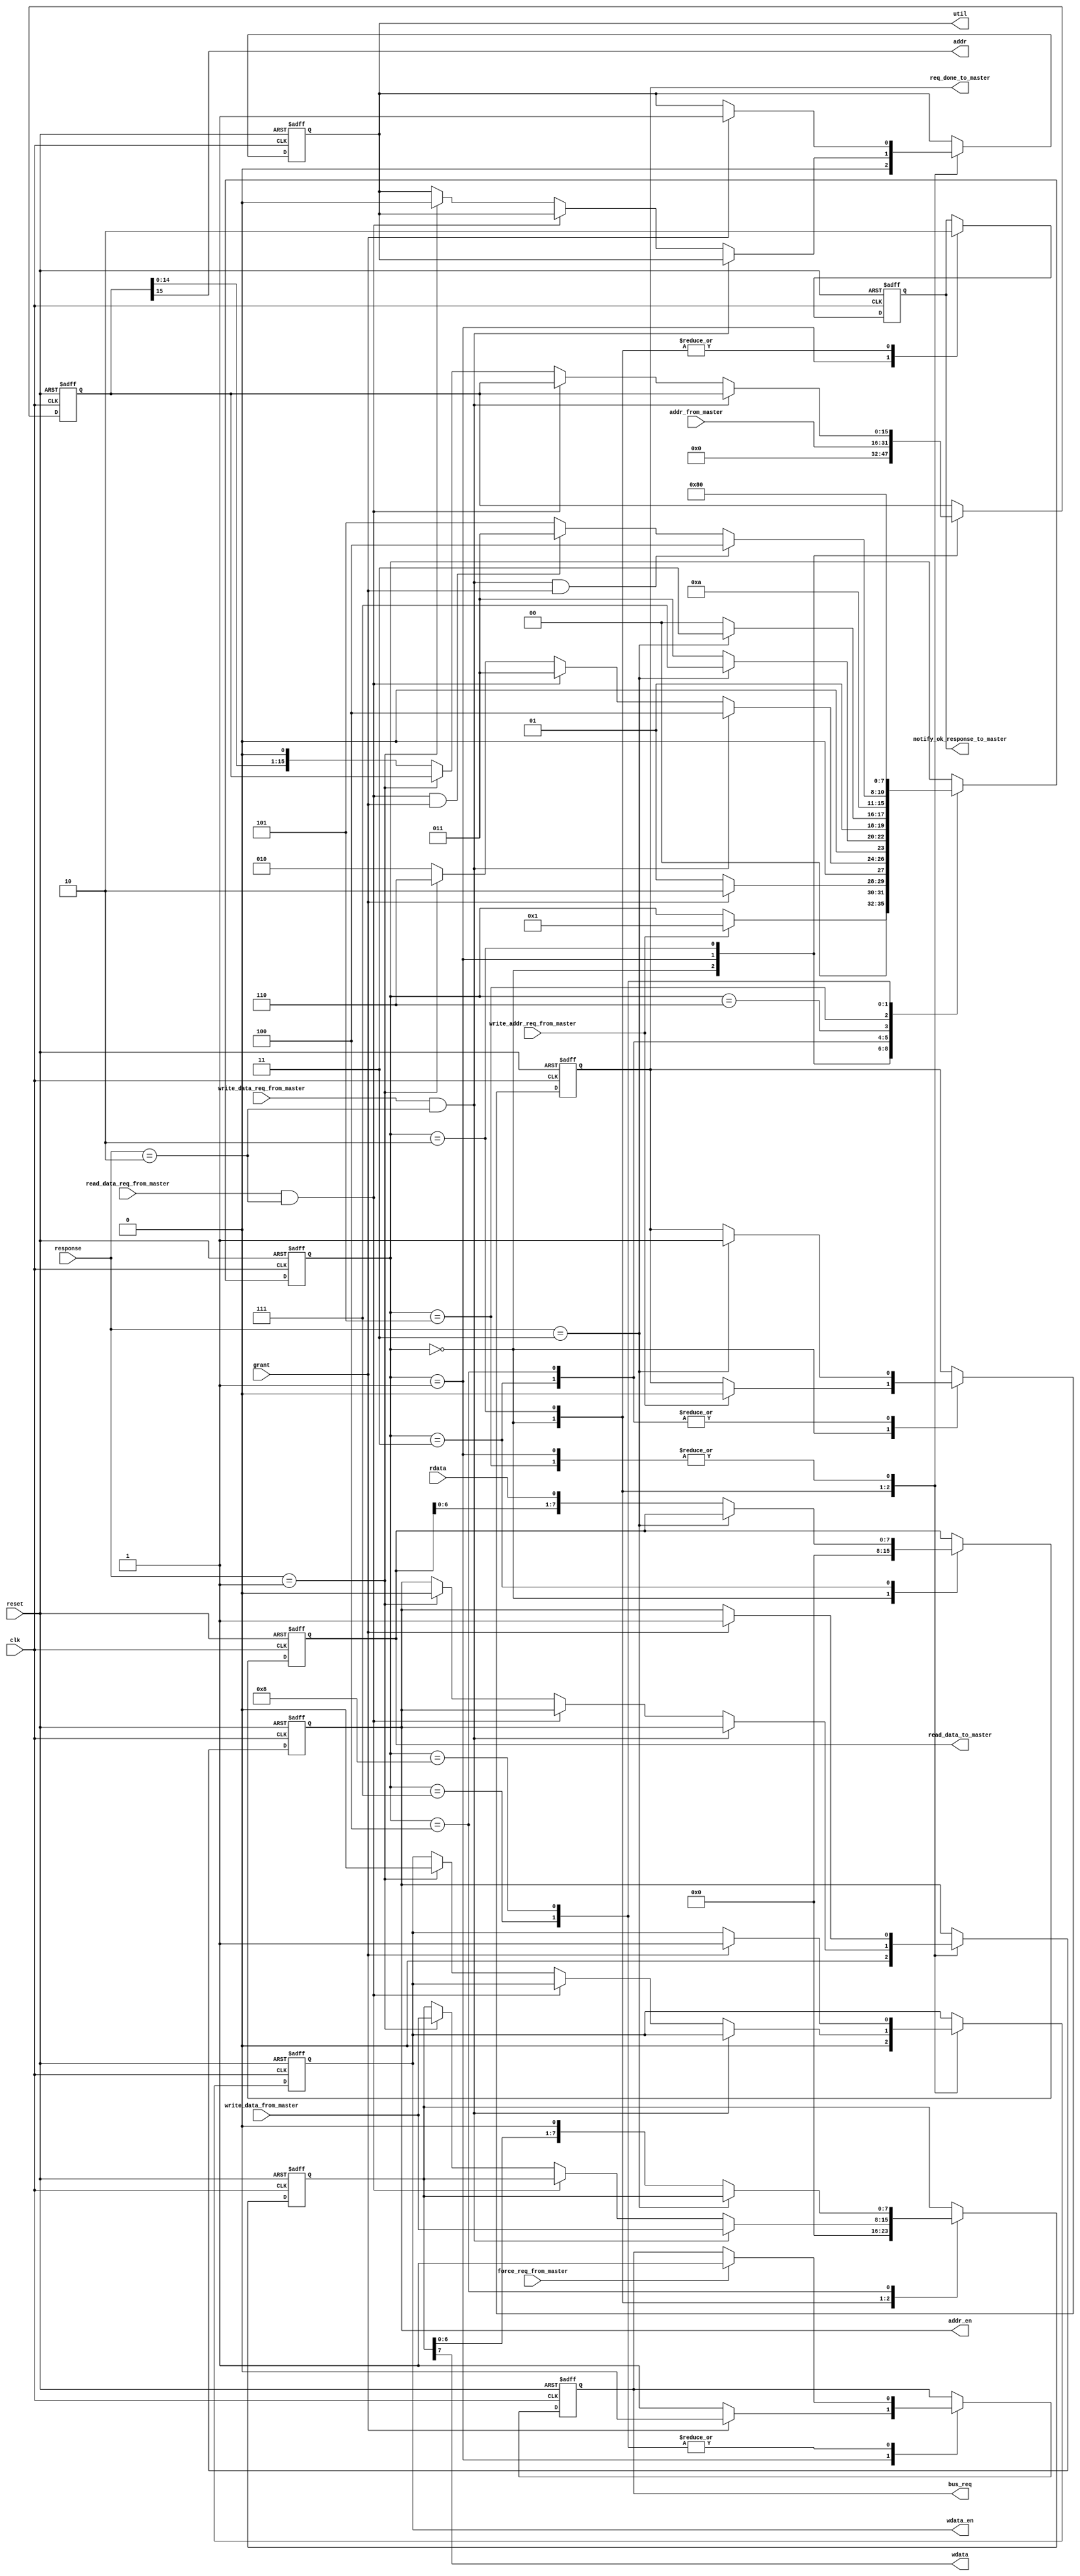
module master_interface(clk,
                reset,
                addr,
                wdata,
                rdata,
                response,
                bus_req,
                grant,
                util,

                addr_from_master,
                write_addr_req_from_master,
                notify_ok_response_to_master,
                write_data_from_master,
                read_data_to_master,
                write_data_req_from_master,
                read_data_req_from_master,
                req_done_to_master,
                force_req_from_master,

                addr_en,
                wdata_en
);
//INPUTS &OUTPUTS:
// from and to the design
input clk;              // clock signal
input reset;            // reset signal
output addr;            //address bus
output wdata;           // data write bus
input rdata;            // data read bus
input [1:0] response;   // response bus from slave
output reg bus_req = 0; // request to arbiter
input grant;            // grant permission from arbiter
output reg util = 0;    // utilized flag of master
output reg addr_en = 0; // enable tristate buffer to addr bus
output reg wdata_en= 0; // enable tristate buffer to wdata bus

//from master module
input [15:0] addr_from_master; //address to write to addr bus
input write_addr_req_from_master;// address write request
output reg notify_ok_response_to_master = 0;
input [7:0] write_data_from_master;     // data to WDATA bus
output reg [7:0] read_data_to_master =0;// data from RDATA bus 
input write_data_req_from_master;       // data write command
input read_data_req_from_master;        // data read command
output reg req_done_to_master = 0;
input force_req_from_master;

// states of state machine
parameter  IDLE         = 4'b0000;
parameter REQUEST_BUS   = 4'b0001;
parameter SENDADDRESS   = 4'b0010; 
parameter READDATA      = 4'b0011;
parameter WRITEDATA     = 4'b0100;
parameter SPLIT         = 4'b0101; 
parameter WAIT_FOR_SPLIT= 4'b0110;
parameter CHECK_NEXT    = 4'b0111;
parameter CHECK_NEXT2   = 4'b1000;

//responses from slave
parameter OK = 2'b10, BUSY = 2'b01, DONE = 2'b11,  NCK = 2'b00;

//internal registers
reg [3:0] state              = IDLE;
reg [1:0] burst_check_cycles = 2;
reg [15:0] serial_slave_address;
reg [7:0] serial_slave_data;

//send values to address and data buses
assign addr  = serial_slave_address[15];
assign wdata = serial_slave_data[7];

//STATE MACHINE:
always @(posedge clk or negedge reset)
begin
    if(~reset) // reseting signals and registers
    begin
        state                <= IDLE;
        bus_req              <= 0;
        util                 <= 0;
        addr_en              <= 0;
        wdata_en             <= 0;
        notify_ok_response_to_master <= 0;
        read_data_to_master  <= 0;
        req_done_to_master   <= 0;
        serial_slave_address <= 0;
        serial_slave_data    <= 0;
        burst_check_cycles   <= 2;
    end
    else begin
        case(state)
            IDLE:begin // idle state
                util <= 0;
                addr_en <= 0;
                wdata_en <= 0;
                notify_ok_response_to_master <= 0;
                read_data_to_master  <= 0;
                serial_slave_address <= 0;
                serial_slave_data    <= 0;
                burst_check_cycles   <= 2;
                /*check for a request from master core to write an address*/
                if(write_addr_req_from_master) begin                                                     
                    state <= REQUEST_BUS;//go to next state if req received
                    req_done_to_master <= 1'b0;  
                end
            end
            
            REQUEST_BUS:begin //requesting bus from arbiter
                bus_req <= 1'b1;
                serial_slave_address <= addr_from_master;
                notify_ok_response_to_master <= 1'b1;
                if(grant)begin //if granted, go to next state
        		    state <= SENDADDRESS;
                    addr_en  <= 1;
                    wdata_en <= 1;
                    util     <= 1; //make utilized flag high
                    bus_req  <= 0;
        		end 
                else begin    //else wait in the same state
                    state <= REQUEST_BUS;        
                end 
            end

            SENDADDRESS:begin // sending address
                notify_ok_response_to_master <= 1'b0;

                //check for OK response from slave
                if(write_data_req_from_master && response == OK)
                begin
                    state <= WRITEDATA; // go to write data state
                    serial_slave_data <= write_data_from_master;
                end
                else if(read_data_req_from_master && response == OK) begin
                    state <= READDATA;  // go to read data state
                end
                else if(response == BUSY) begin //if slave BUSY
                    state    <= WAIT_FOR_SPLIT; //go to split state
                    serial_slave_data <= write_data_from_master; 
                    util     <= 1'b0; //release bus utilization
                    addr_en  <= 0;
                    wdata_en <= 0;
                end
                else begin
                    state <= SENDADDRESS;
                     //send the address serially
                    serial_slave_address[15:0] <= {serial_slave_address[14:0],1'b0};
                end  
            end

            READDATA:begin  //read data state
                if(response == DONE) begin //if slave completed sending data
                    state <= CHECK_NEXT;
                    req_done_to_master <= 1;//notify master core about completion
                end
                else begin
                    state <= READDATA;
                    //read data from data bus serially
                    read_data_to_master[7:0] <= {read_data_to_master[6:0],rdata};
                end
            end

            WRITEDATA:begin  //write data state
                if(response == DONE) begin //if slave responds completion          
                    state <= CHECK_NEXT;
                    req_done_to_master <= 1;//notify master core about completion                                
                end
                else begin
                    state <= WRITEDATA;
                    //write data to data bus serially                            
                    serial_slave_data[7:0] <= {serial_slave_data[6:0],1'b0};
                end
            end

            WAIT_FOR_SPLIT: begin //intermediate state to pass 1 clk cycle
                state <= SPLIT;
            end


            SPLIT:begin //split transaction state
                if(grant)begin //once grant is given back
                    util <= 1'b1; //make the util line high
                    addr_en  <= 1;
                    wdata_en <= 1;
                end
                //if OK response received and having a WRITE req, go to write state
                if(write_data_req_from_master && response == OK && grant) begin
                    state <= WRITEDATA;
                end
                //if OK response received and having a READ req, go to read state
                else if(read_data_req_from_master && response == OK && grant) begin
                    state <= READDATA;
                end
                else begin
                    state <= SPLIT;
                end
            end

            CHECK_NEXT: begin
                state <= CHECK_NEXT2;
                if(force_req_from_master == 1)begin
                    bus_req <= 1;
                end
            end

            CHECK_NEXT2: begin
                state <= IDLE;
                if(force_req_from_master == 1)begin
                    bus_req <= 1;
                end
            end

        endcase
    end
end
endmodule